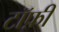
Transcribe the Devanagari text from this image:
टॉफ़ी